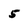
Character: 5